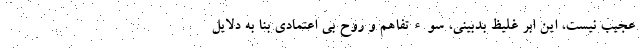
عجیب نیست، این ابر غلیظ بدبینی، سوءتفاهم و روح بی اعتمادی بنا به دلایل